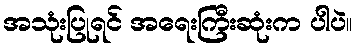
အသုံးပြုရင် အရေးကြီးဆုံးက ပါပဲ။